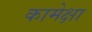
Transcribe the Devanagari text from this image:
कामेक्षा